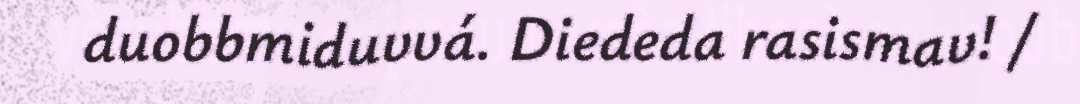
duobbmiduvvá. Diededa rasismav! /